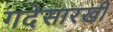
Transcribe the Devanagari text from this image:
गदेसारखी